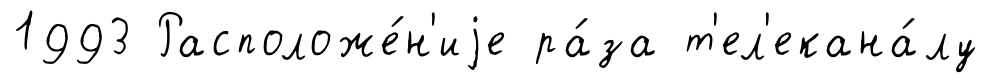
1993 Расположе́н'иjе ра́за т'ел'екана́лу